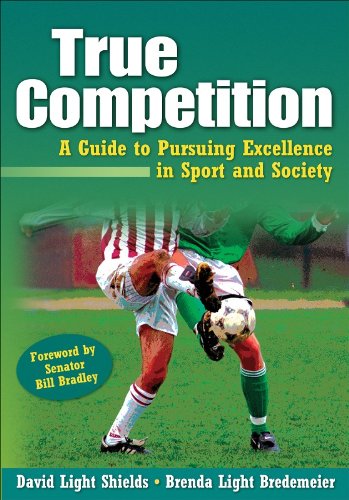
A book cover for True Competition:Guide to Pursuing Excellence in Sport & Society; David Light Shields; Sports & Outdoors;